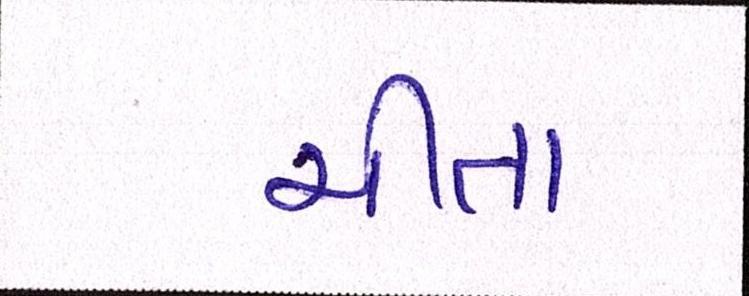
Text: ચીતા